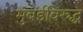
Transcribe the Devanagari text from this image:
मुंबईविरुद्ध